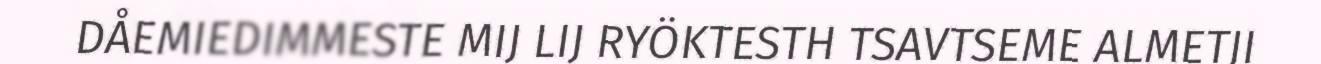
DÅEMIEDIMMESTE MIJ LIJ RYÖKTESTH TSAVTSEME ALMETJI